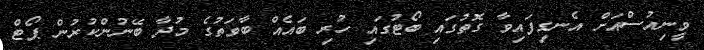
ވީނިއުސްއަށް އެނގިފައިވާ ގޮތުގައި ބޯޓުގައި ހުރި ބައެއް ބާވަތުގެ މުދާ ބޭނުންކުރުން ޕޯޓް